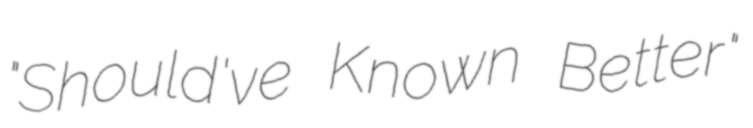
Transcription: "Should've Known Better"